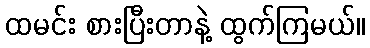
ထမင်း စားပြီးတာနဲ့ ထွက်ကြမယ်။